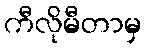
ကီလိုမီတာမှ